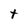
Character: t